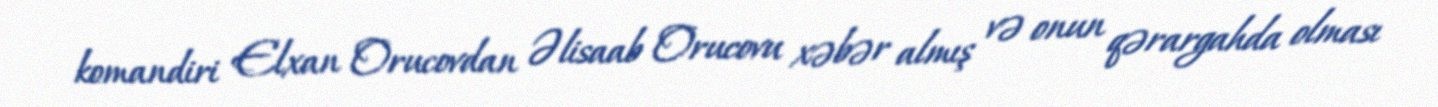
komandiri Elxan Orucovdan Əlisaab Orucovu xəbər almış və onun qərargahda olması